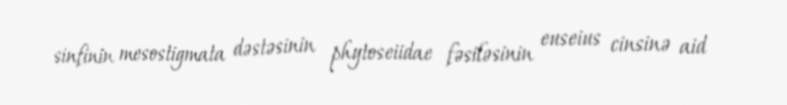
sinfinin mesostigmata dəstəsinin phytoseiidae fəsiləsinin euseius cinsinə aid